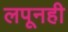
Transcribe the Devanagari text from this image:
लपूनही